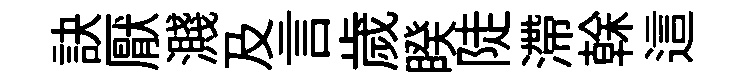
訣厭濺及言歲睽陡滯𠏉這